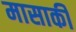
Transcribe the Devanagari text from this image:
मासाकी